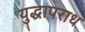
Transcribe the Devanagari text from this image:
युद्धापराध